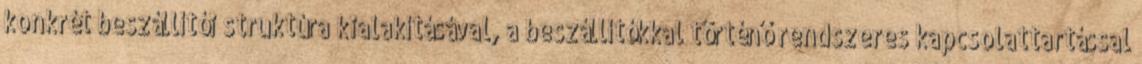
konkrét beszállítói struktúra kialakításával, a beszállítókkal történő rendszeres kapcsolattartással